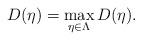
LaTeX: \begin{align*}D(\eta)=\max_{\eta\in\Lambda}D(\eta).\end{align*}